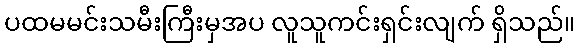
ပထမမင်းသမီးကြီးမှအပ လူသူကင်းရှင်းလျက် ရှိသည်။